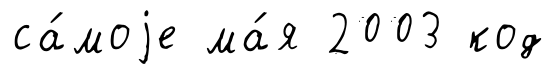
са́моjе ма́я 2003 код